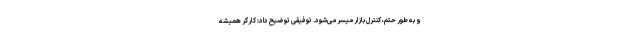
و به طور حتم، کنترل بازار میسر می‌شود. توفیقی توضیح داد: کارگر همیشه